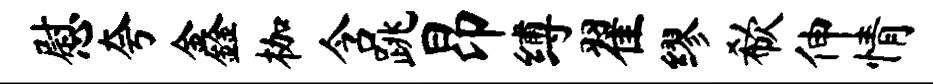
慰夸鑫枷含跳昂缚翟缪欷伸情